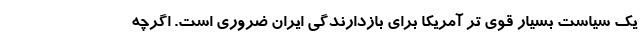
یک سیاست بسیار قوی تر آمریکا برای بازدارندگی ایران ضروری است. اگرچه